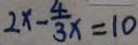
2 x - \frac { 4 } { 3 } x = 1 0